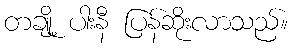
တချို့ ပါးနီ ပြန်ဆိုးလာသည်။